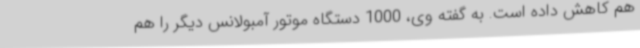
هم کاهش داده است. به گفته وی، 1000 دستگاه موتور آمبولانس دیگر را هم